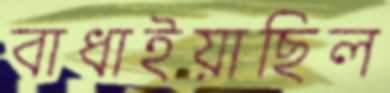
বাধাইয়াছিল